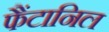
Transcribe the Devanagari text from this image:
फैंटानिल